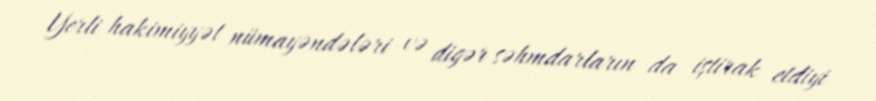
Yerli hakimiyyət nümayəndələri və digər səhmdarların da iştirak etdiyi